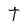
Character: T